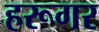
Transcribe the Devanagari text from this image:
हरूगर